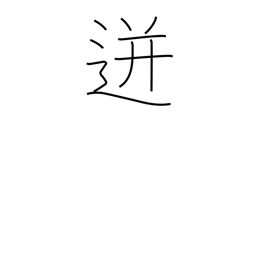
Meaning: spurt